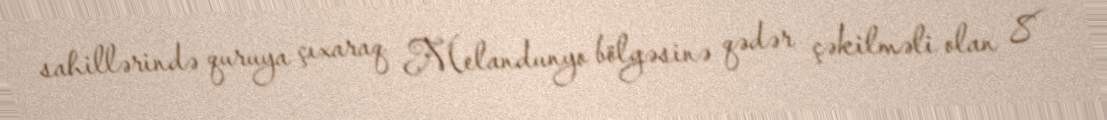
sahillərində quruya çıxaraq Melandunyo bölgəsinə qədər çəkilməli olan 8